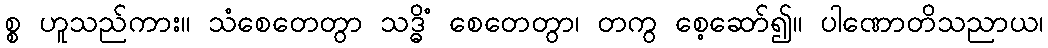
စ္စ ဟူသည်ကား။ သံစေတေတွာ သဒ္ဓိံ စေတေတွာ၊ တကွ စေ့ဆော်၍။ ပါဏောတိသညာယ၊